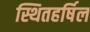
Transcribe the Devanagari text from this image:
स्थितहर्षिल